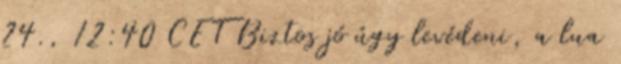
24., 12:40 CET Biztos jó úgy levédeni, a lua